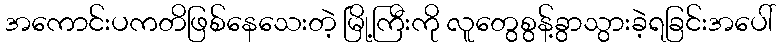
အကောင်းပကတိဖြစ်နေသေးတဲ့ မြို့ကြီးကို လူတွေစွန့်ခွာသွားခဲ့ရခြင်းအပေါ်